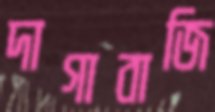
দাগাবাজি